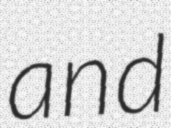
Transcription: and